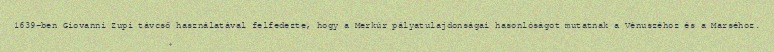
1639-ben Giovanni Zupi távcső használatával felfedezte, hogy a Merkúr pályatulajdonságai hasonlóságot mutatnak a Vénuszéhoz és a Marséhoz.